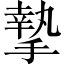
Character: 摯